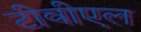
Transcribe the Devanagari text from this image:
टीवीएल